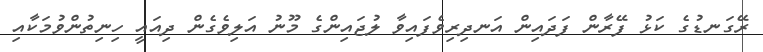
ރޭގަނޑުގެ ކަޅު ފޭރާން ފަދައިން އަނދިރިވެފައިވާ ލުޖައިންގެ މޫނު އަލިވެގެން ދިއައީ ހިނިތުންވުމަކާއި